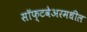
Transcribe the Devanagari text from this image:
सॉफ्टवेअरमधील